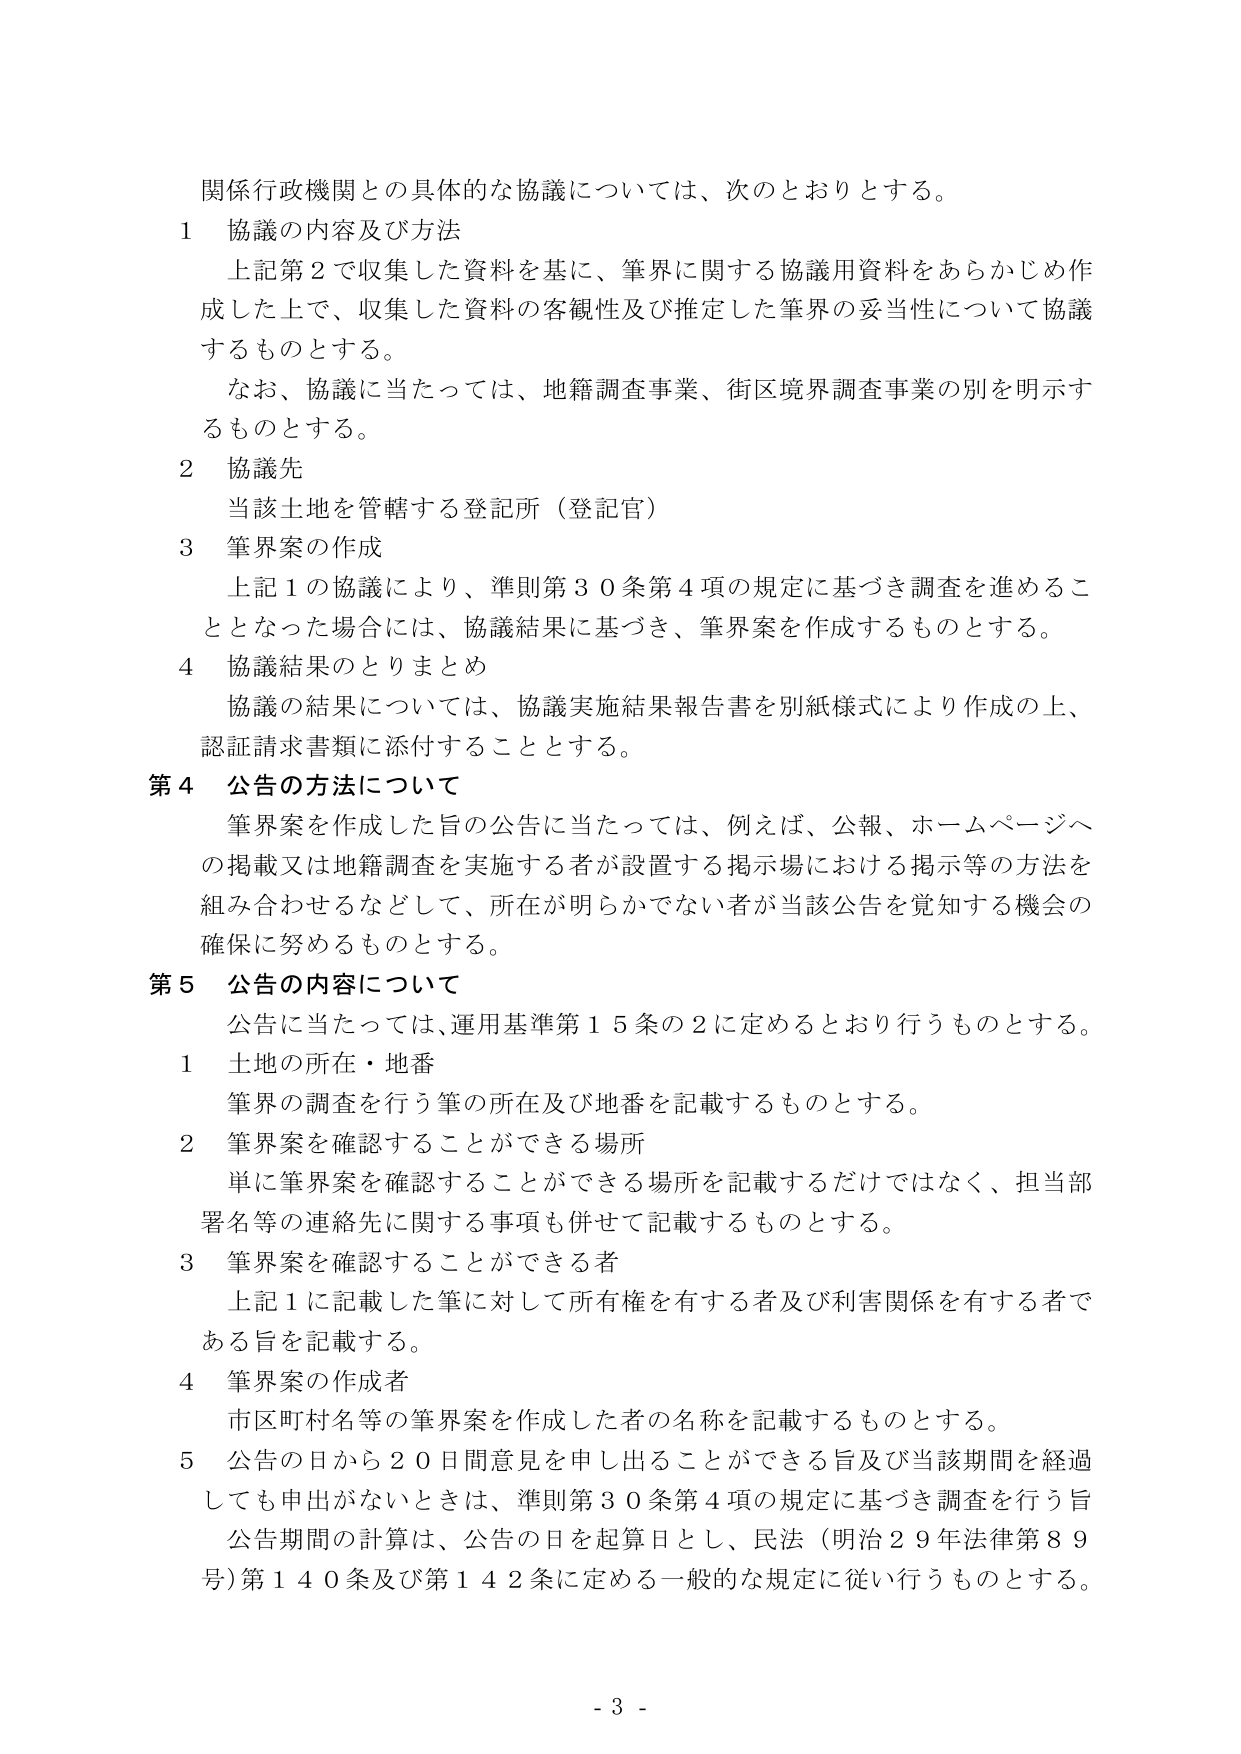
関係行政機関との具体的な協議については、次のとおりとする。

1 協議の内容及び方法
　上記第2で収集した資料を基に、筆界に関する協議用資料をあらかじめ作成した上で、収集した資料の客観性及び推定した筆界の妥当性について協議するものとする。
　なお、協議に当たっては、地籍調査事業、街区境界調査事業の別を明示するものとする。

2 協議先
　当該土地を管轄する登記所（登記官）

3 筆界案の作成
　上記1の協議により、準則第30条第4項の規定に基づき調査を進めるこ ととなった場合には、協議結果に基づき、筆界案を作成するものとする。

4 協議結果のとりまとめ
　協議の結果については、協議実施結果報告書を別紙様式により作成の上、認証請求書類に添付することとする。

第4 公告の方法について
　筆界案を作成した旨の公告に当たっては、例えば、公報、ホームページへの掲載又は地籍調査を実施する者が設置する掲示場における掲示等の方法を組み合わせるなどして、所在が明らかでない者が当該公告を覚知する機会の確保に努めるものとする。

第5 公告の内容について
　公告に当たっては、運用基準第15条の2に定めるとおり行うものとする。

1 土地の所在・地番
　筆界の調査を行う筆の所在及び地番を記載するものとする。

2 筆界案を確認することができる場所
　単に筆界案を確認することができる場所を記載するだけではなく、担当部署名等の連絡先に関する事項も併せて記載するものとする。

3 筆界案を確認することができる者
　上記1に記載した筆に対して所有権を有する者及び利害関係を有する者である旨を記載する。

4 筆界案の作成者
　市区町村名等の筆界案を作成した者の名称を記載するものとする。

5 公告の日から20日間意見を申し出ることができる旨及び当該期間を経過しても申出がないときは、準則第30条第4項の規定に基づき調査を行う旨
　公告期間の計算は、公告の日を起算日とし、民法（明治29年法律第89号）第140条及び第142条に定める一般的な規定に従い行うものとする。

- 3 -